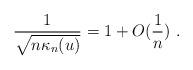
LaTeX: \begin{align*} \frac{1}{\sqrt{n \kappa_n(u)}} = 1 + O(\frac{1}{n}) \ .\end{align*}